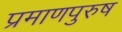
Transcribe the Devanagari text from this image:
प्रमाणपुरुष